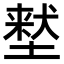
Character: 𫮜